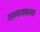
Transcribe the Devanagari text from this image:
अभ्यासकाला